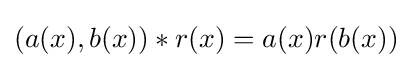
(a(x),b(x))*r(x)=a(x)r(b(x))